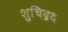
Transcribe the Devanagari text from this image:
शुचिद्रथ